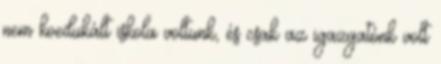
nem koedukált iskola voltunk, és csak az igazgatónk volt